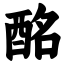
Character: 酩